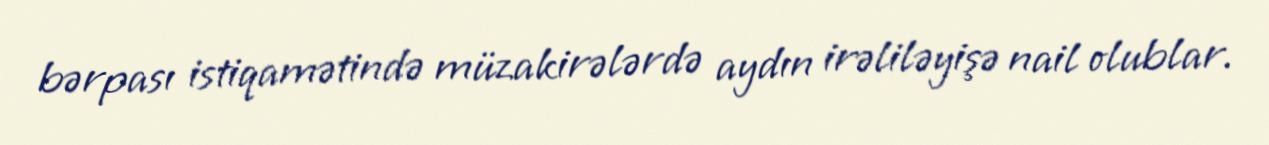
bərpası istiqamətində müzakirələrdə aydın irəliləyişə nail olublar.